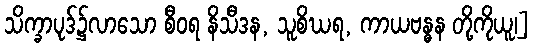
သိက္ခာပုဒ်၌လာသော စီဝရ နိသီဒန, သူစိဃရ, ကာယဗန္ဓန တို့ကိုယူ၊]